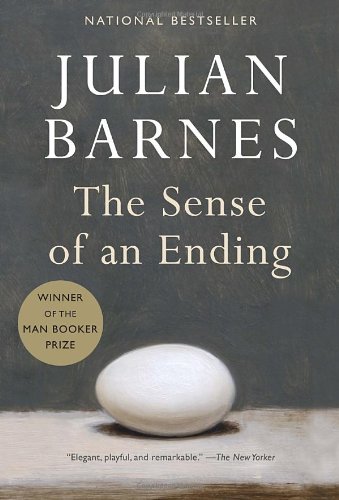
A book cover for The Sense of an Ending; Julian Barnes; Mystery, Thriller & Suspense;